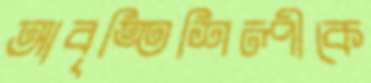
আবৃত্তিশিল্পীকে